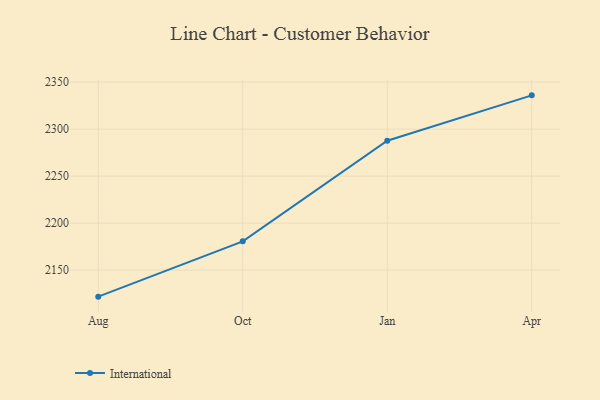
{"axis": {"x": "Month", "y": "Operating Costs (USD K)"}, "legend": ["International"], "data": [{"x": "Aug", "y": 2121.8, "type": "International"}, {"x": "Oct", "y": 2180.6, "type": "International"}, {"x": "Jan", "y": 2287.6, "type": "International"}, {"x": "Apr", "y": 2335.9, "type": "International"}]}